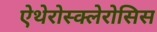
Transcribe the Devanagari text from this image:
ऐथेरोस्क्लेरोसिस